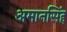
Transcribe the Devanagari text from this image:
अमानसिंह